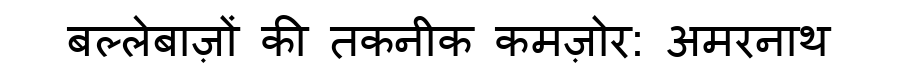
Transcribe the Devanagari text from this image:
बल्लेबाज़ों की तकनीक कमज़ोर: अमरनाथ